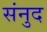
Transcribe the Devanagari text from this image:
संनुद